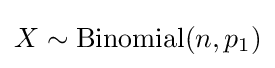
X\sim {\text{Binomial}}(n,p_{1})